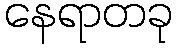
နေရာတခု